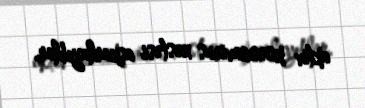
aktiv koronavirus xəstəsi aşkarlayıblar.